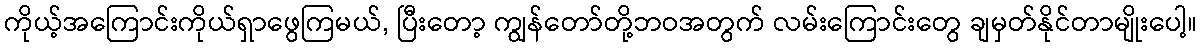
ကိုယ့်အကြောင်းကိုယ်ရှာဖွေကြမယ်, ပြီးတော့ ကျွန်တော်တို့ဘဝအတွက် လမ်းကြောင်းတွေ ချမှတ်နိုင်တာမျိုးပေါ့။